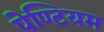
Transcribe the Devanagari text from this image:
पेण्टियम